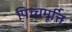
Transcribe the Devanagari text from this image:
पिच्चमूर्त्ति